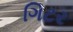
ગિટર